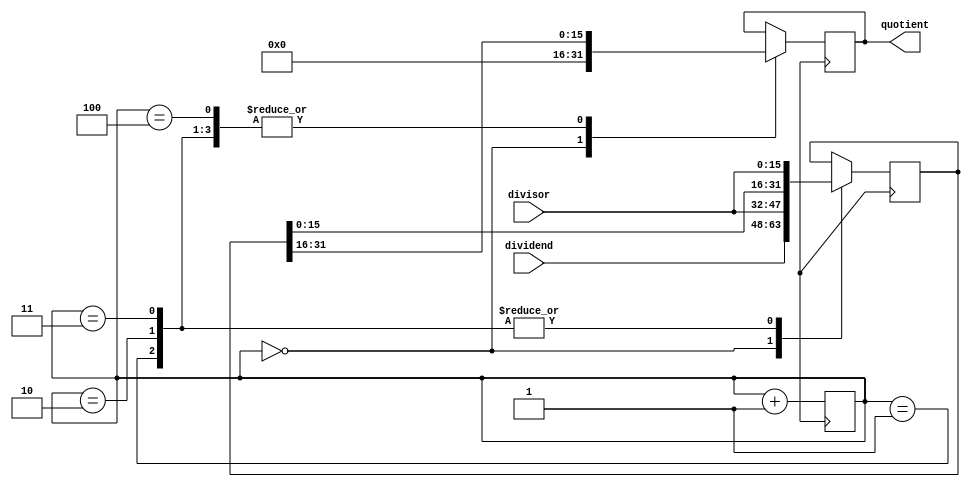
module Pipelined_Divider(
    input wire [15:0] dividend,
    input wire [15:0] divisor,
    output reg [15:0] quotient
);

reg [15:0] remainder;
reg [31:0] temp;
reg [3:0] stage;

always @(posedge clk) begin
    case(stage)
        0: begin
            temp = {dividend, divisor};
            remainder = temp[31:16];
            quotient = 0;
        end
        1: begin
            {quotient, remainder} = temp;
            temp = {remainder, divisor};
            remainder = temp[31:16];
        end
        2: begin
            {quotient, remainder} = temp;
            temp = {remainder, divisor};
            remainder = temp[31:16];
        end
        3: begin
            {quotient, remainder} = temp;
            temp = {remainder, divisor};
            remainder = temp[31:16];
        end
        4: begin
            {quotient, remainder} = temp;
        end
    endcase

    stage <= stage + 1;
end

endmodule